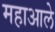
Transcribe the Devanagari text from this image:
महाआले